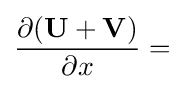
{\frac {\partial (\mathbf {U} +\mathbf {V} )}{\partial x}}=